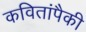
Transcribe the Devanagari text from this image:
कवितांपैकी